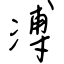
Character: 溥